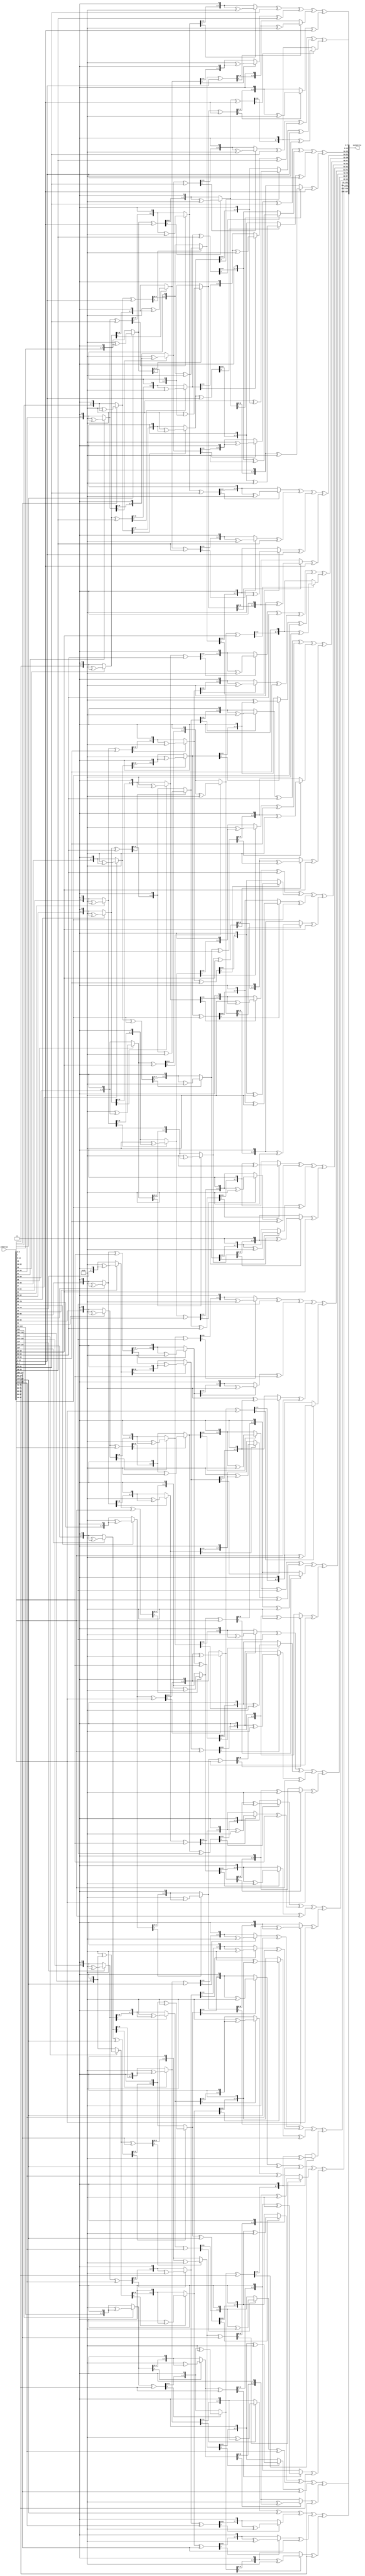
module InvMixColumn(inmatrix,outmatrix);
input[127:0] inmatrix;
output[127:0] outmatrix;

assign outmatrix[127:120]=mul14(inmatrix[127:120])^mul11(inmatrix[119:112])^mul13(inmatrix[111:104])^mul9(inmatrix[103:96]);
assign outmatrix[119:112]=mul9(inmatrix[127:120])^mul14(inmatrix[119:112])^mul11(inmatrix[111:104])^mul13(inmatrix[103:96]);
assign outmatrix[111:104]=mul13(inmatrix[127:120])^mul9(inmatrix[119:112])^mul14(inmatrix[111:104])^mul11(inmatrix[103:96]);
assign outmatrix[103:96]=mul11(inmatrix[127:120])^mul13(inmatrix[119:112])^mul9(inmatrix[111:104])^mul14(inmatrix[103:96]);


assign outmatrix[95:88]=mul14(inmatrix[95:88])^mul11(inmatrix[87:80])^mul13(inmatrix[79:72])^mul9(inmatrix[71:64]);
assign outmatrix[87:80]=mul9(inmatrix[95:88])^mul14(inmatrix[87:80])^mul11(inmatrix[79:72])^mul13(inmatrix[71:64]);
assign outmatrix[79:72]=mul13(inmatrix[95:88])^mul9(inmatrix[87:80])^mul14(inmatrix[79:72])^mul11(inmatrix[71:64]);
assign outmatrix[71:64]=mul11(inmatrix[95:88])^mul13(inmatrix[87:80])^mul9(inmatrix[79:72])^mul14(inmatrix[71:64]);

assign outmatrix[63:56]=mul14(inmatrix[63:56])^mul11(inmatrix[55:48])^mul13(inmatrix[47:40])^mul9(inmatrix[39:32]);
assign outmatrix[55:48]=mul9(inmatrix[63:56])^mul14(inmatrix[55:48])^mul11(inmatrix[47:40])^mul13(inmatrix[39:32]);
assign outmatrix[47:40]=mul13(inmatrix[63:56])^mul9(inmatrix[55:48])^mul14(inmatrix[47:40])^mul11(inmatrix[39:32]);
assign outmatrix[39:32]=mul11(inmatrix[63:56])^mul13(inmatrix[55:48])^mul9(inmatrix[47:40])^mul14(inmatrix[39:32]);

assign outmatrix[31:24]=mul14(inmatrix[31:24])^mul11(inmatrix[23:16])^mul13(inmatrix[15:8])^mul9(inmatrix[7:0]);
assign outmatrix[23:16]=mul9(inmatrix[31:24])^mul14(inmatrix[23:16])^mul11(inmatrix[15:8])^mul13(inmatrix[7:0]);
assign outmatrix[15:8]=mul13(inmatrix[31:24])^mul9(inmatrix[23:16])^mul14(inmatrix[15:8])^mul11(inmatrix[7:0]);
assign outmatrix[7:0]=mul11(inmatrix[31:24])^mul13(inmatrix[23:16])^mul9(inmatrix[15:8])^mul14(inmatrix[7:0]);





function [7:0]mul9;//function to mutliply number of 9
input [7:0] i1;
reg [7:0]temp;
reg[7:0]temp2,temp3,temp4;
reg[7:0]mul2,mul4,mul8;
begin
temp=i1<<1;
temp2=8'b00011011;
if(i1[7])
mul2=temp ^ temp2;
else
mul2=temp;
//-------
temp3=mul2<<1;
if(mul2[7])
mul4=temp2^temp3;
else
mul4=temp3;
//--------
temp4=mul4<<1;
if(mul4[7])
mul8=temp2^temp4;
else
mul8=temp4;
//-------
mul9=mul8^i1;
end
endfunction



function [7:0]mul11;
input[7:0]num;
reg[7:0]temp1,temp2,temp3,temp4,temp5,temp6,temp7,temp8;
reg[7:0]temp;
begin
temp=8'b00011011;
temp1=num<<1;
if(num[7])
temp2=temp1^temp;
else
temp2=temp1;
//-----
temp3=temp2<<1;
if(temp2[7])
temp4=temp3^temp;
else
temp4=temp3;

temp5=temp4^num;
temp6=temp5<<1;
if(temp5[7])
temp7=temp6^temp;
else
temp7=temp6;///(((x*2)*2)+x)*2

mul11=temp7^num;///(((x*2)*2)+x)*2+x

end
endfunction

function[7:0]mul13;
input [7:0] num;
reg [7:0]temp,temp1,temp2,temp3,temp4,temp5,temp6,temp7,temp8,temp9;
begin
temp=8'b00011011;
temp1=num<<1;
if(num[7])
temp2=temp1^temp;
else
temp2=temp1;
temp3=temp2^num;
//------
temp4=temp3<<1;
if(temp3[7])
temp5=temp4^temp;
else
temp5=temp4;
//------
temp6=temp5<<1;
if(temp5[7])
temp7=temp6^temp;
else
temp7=temp6;
//--------
mul13=temp7^num;
end
endfunction


function[7:0]mul14;
input[7:0]num;
reg[7:0]temp,temp1,temp2,temp3,temp4,temp5,temp6,temp7,temp8;
begin
temp=8'b00011011;
temp1=num<<1;
if(num[7])
temp2=temp^temp1;
else
temp2=temp1;

temp3=temp2^num;

temp4=temp3<<1;
if(temp3[7])
temp5=temp4^temp;
else
temp5=temp4;

temp6=temp5^num;

temp7=temp6<<1;
if(temp6[7])
mul14=temp7^temp;
else
mul14=temp7;
end
endfunction






endmodule